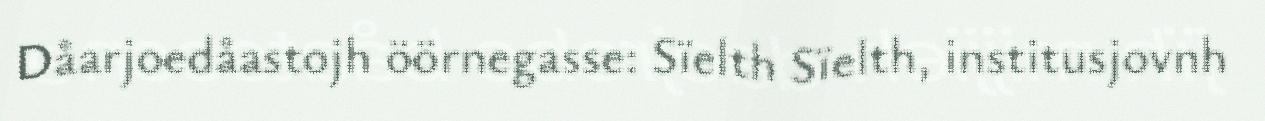
Dåarjoedåastojh öörnegasse: Sïelth Sïelth, institusjovnh